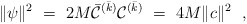
\begin{align*}\|\psi\|^2~=~ 2M{\bar{\cal C}}^{(\bar k)}{\cal C}^{(\bar k)}~=~ 4M \|c\|^2\ \ ,\end{align*}